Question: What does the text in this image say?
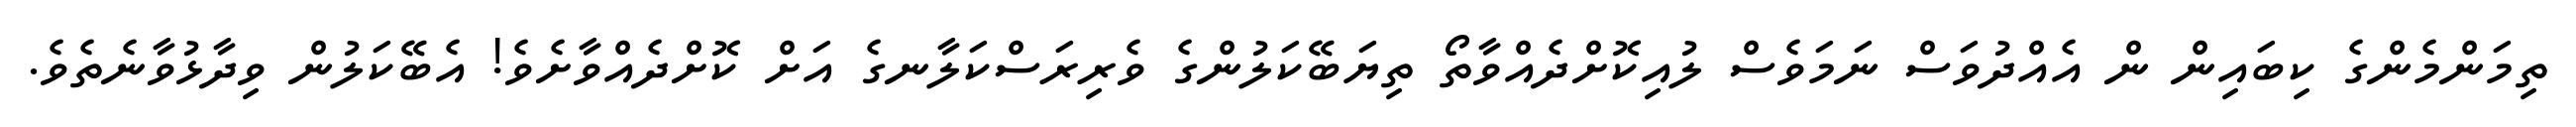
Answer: ތިމަންމެންގެ ކިބައިން ން އެއްދުވަސް ނަމަވެސް ލުއިކޮށްދެއްވާތޯ ތިޔަބޭކަލުންގެ ވެރިރަސްކަލާނގެ އަށް ކޮށްދެއްވާށެވެ! އެބޭކަލުން ވިދާޅުވާނެތެވެ.